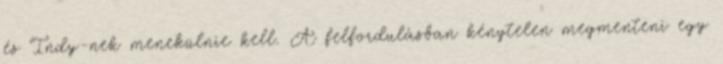
és Indy-nek menekülnie kell. A felfordulásban kénytelen megmenteni egy